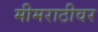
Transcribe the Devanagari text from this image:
मीमराठीवर